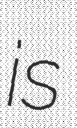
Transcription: is